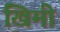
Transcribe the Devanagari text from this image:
खिमी